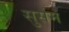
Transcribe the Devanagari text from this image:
सुसम